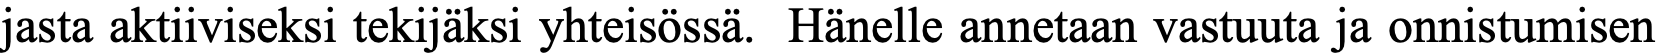
jasta aktiiviseksi tekijäksi yhteisössä. Hänelle annetaan vastuuta ja onnistumisen